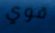
قوي